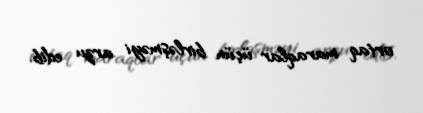
ortaq maraqlar üçün birləşməyi arzu edib.